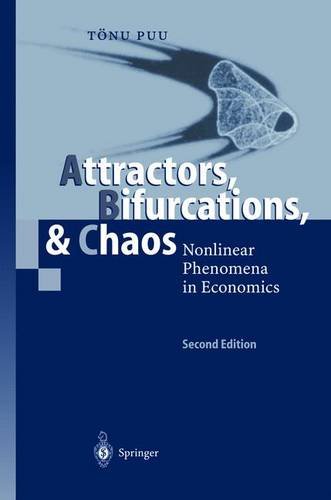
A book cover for Attractors, Bifurcations, & Chaos: Nonlinear Phenomena in Economics; TÃ¶nu Puu; Business & Money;